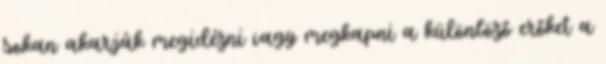
sokan akarják megidézni vagy megkapni a különböző erőket a